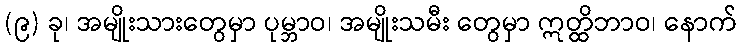
(၉) ခု၊ အမျိုးသားတွေမှာ ပုမ္ဘာဝ၊ အမျိုးသမီး တွေမှာ ဣတ္ထိဘာဝ၊ နောက်